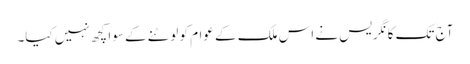
آج تک کانگریس نے اس ملک کے عوام کو لوٹنے کے سوا کچھ نہیں کیا۔